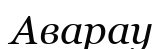
Аварау